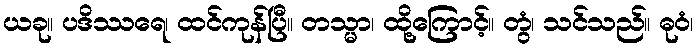
ယခု။ ပဒိဿရေ၊ ထင်ကုန်ပြီ။ တသ္မာ၊ ထို့ကြောင့်။ တွံ၊ သင်သည်။ ဓုဝံ၊